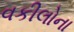
વકીલોના